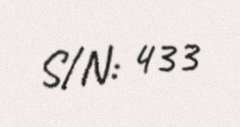
S/N: 433